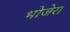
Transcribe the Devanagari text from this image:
भोजेरा